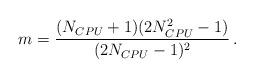
LaTeX: \begin{align*} m=\dfrac{(N_{CPU}+1)(2N_{CPU}^2-1)}{(2N_{CPU}-1)^2}\, .\end{align*}